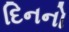
દિનનો